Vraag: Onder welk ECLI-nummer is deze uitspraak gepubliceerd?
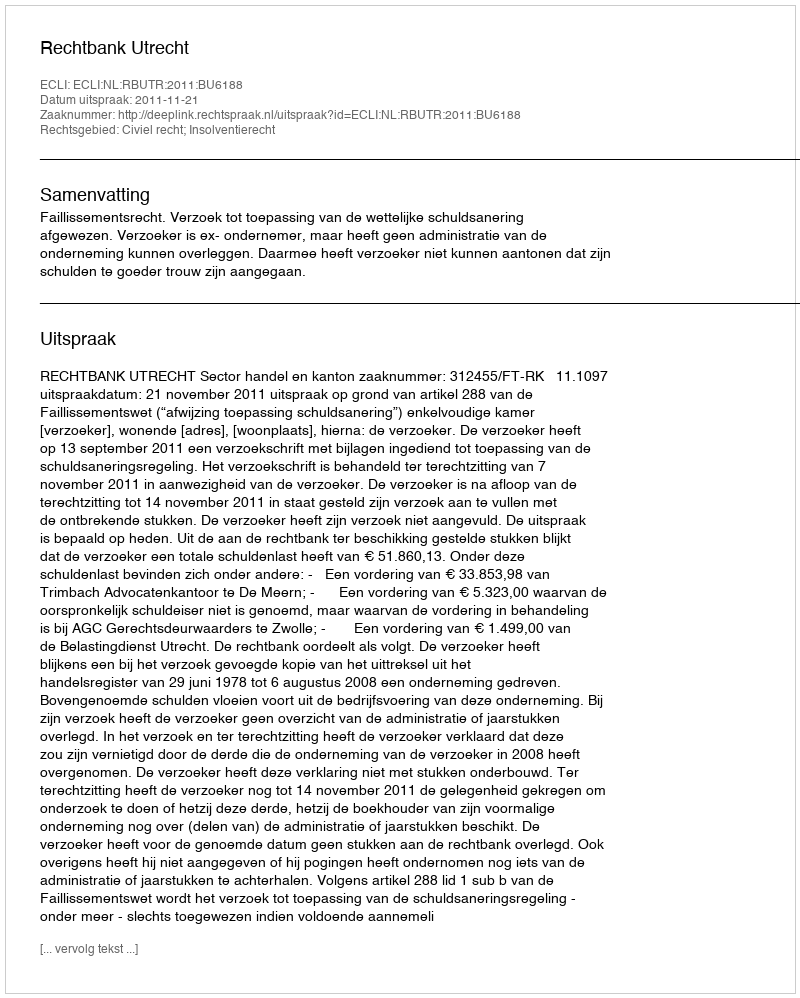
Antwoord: ECLI:NL:RBUTR:2011:BU6188